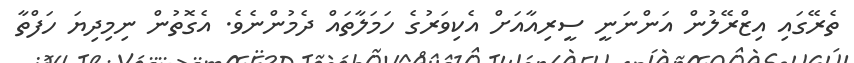
ތެރޭގައި އިޒްރޭލުން އަންނަނީ ސީރިއާއަށް އެކިވަރުގެ ހަމަލާތައް ދެމުންނެވެ. އެގޮތުން ނިމިދިޔަ ހަފްތާ